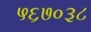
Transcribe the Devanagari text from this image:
५६७०३८